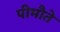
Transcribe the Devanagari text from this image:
पीमौते